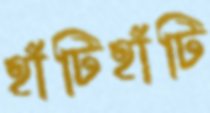
হাঁটিহাঁটি